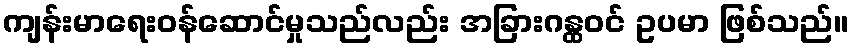
ကျန်းမာရေးဝန်ဆောင်မှုသည်လည်း အခြားဂန္ထဝင် ဥပမာ ဖြစ်သည်။